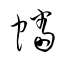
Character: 幡